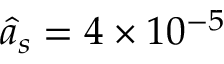
\hat { a } _ { s } = 4 \times 1 0 ^ { - 5 }